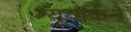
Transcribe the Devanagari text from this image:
न्यूयॉर्कने